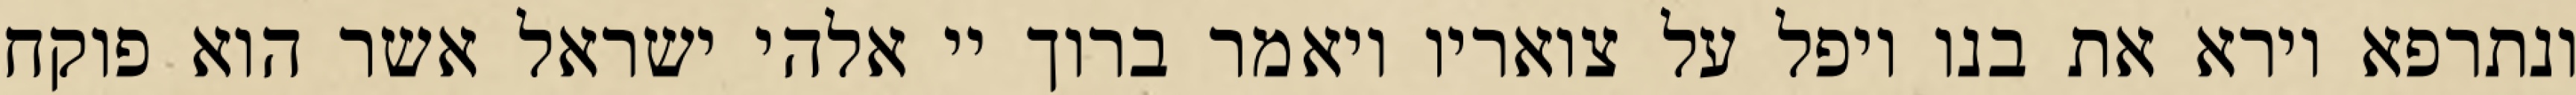
ונתרפא וירא את בנו ויפל על צואריו ויאמר ברוך יי אלהי ישראל אשר הוא פוקח